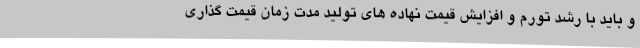
و باید با رشد تورم و افزایش قیمت نهاده های تولید مدت زمان قیمت گذاری